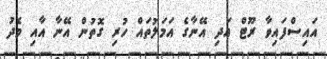
އައިސްފައިވާ ރޫޓް އަދި އޭނާގެ އަމަލުތައް ހުރި ގޮތުން އޭނާ އާއި މެދު